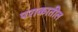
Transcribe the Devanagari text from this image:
पराकातील